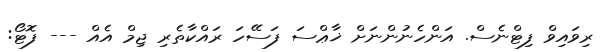
ރިވައިވް ފިޓްނެސް. އަންހެނުންނަށް ޚާޢްސަ ފަސޭހަ ރައްކާތެރި ޖިމް އެއް --- ފޮޓޯ: